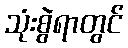
သုံးစွဲရာတွင်